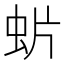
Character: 𧈼